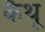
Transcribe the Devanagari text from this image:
कैथू